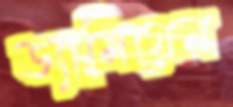
ড্যামিয়েন